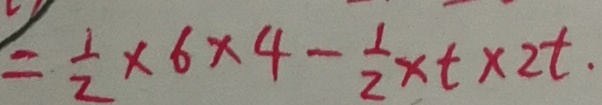
= \frac { 1 } { 2 } \times 6 \times 4 - \frac { 1 } { 2 } \times t \times 2 t .